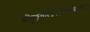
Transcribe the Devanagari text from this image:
श्रीगुरुचरित्रपरमकथाकल्पतरौ